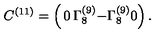
C ^ { ( 1 1 ) } = \left( \begin{matrix} { 0 } & { \Gamma _ { 8 } ^ { ( 9 ) } } \\ { - \Gamma _ { 8 } ^ { ( 9 ) } } & { 0 } \\ \end{matrix} \right) .